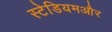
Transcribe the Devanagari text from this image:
स्टेडियमऔर